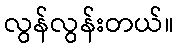
လွန်လွန်းတယ်။